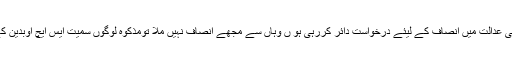
شمع بی بی نے بتایا کے میں پہلے سیشن جج بدین کی عدالت میں انصاف کے لیئے درخواست دائر کررہی ہو ں وہاں سے مجھے انصاف نہیں ملا تومذکوہ لوگوں سمیت ایس ایچ اوبدین کے خلاف سندھ ہائی کورٹ میں پٹیشن داخل کرونگی۔